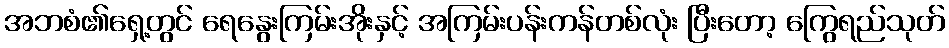
အဘစံ၏ရှေ့တွင် ရေနွေးကြမ်းအိုးနှင့် အကြမ်းပန်းကန်တစ်လုံး ပြီးတော့ ကြွေရည်သုတ်